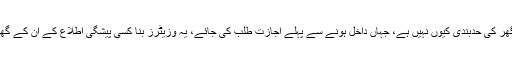
آخر اُن کی کوئی پرائیویسی، ذاتی گھر کی حدبندی کیوں نہیں ہے، جہاں داخل ہونے سے پہلے اجازت طلب کی جائے، یہ وزیٹرز بنا کسی پیشگی اطلاع کے ان کے گھروں میں کیوں دھاوا بول دیتے ہیں۔